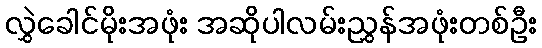
လွှဲခေါင်မိုးအဖုံး အဆိုပါလမ်းညွှန်အဖုံးတစ်ဦး